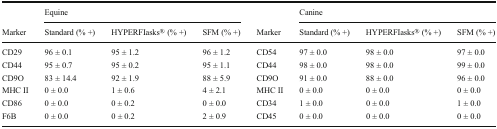
|  | <COLSPAN=3> Equine |  | <COLSPAN=3> Canine |
 | Marker | Standard (% +) | HYPERFIasks® (% +) | SFM (% +) | Marker | Standard (% +) | HYPERFIasks® (% +) | SFM (% +) |
 | --- | --- | --- | --- | --- | --- | --- | --- |
 | CD29 | 96 ± 0.1 | 95 ± 1.2 | 96 ± 1.2 | CD54 | 97 ± 0.0 | 98 ± 0.0 | 97 ± 0.0 |
 | CD44 | 95 ± 0.7 | 95 ± 0.2 | 95 ± 1.1 | CD44 | 98 ± 0.0 | 98 ± 0.0 | 99 ± 0.0 |
 | CD9O | 83 ± 14.4 | 92 ± 1.9 | 88 ± 5.9 | CD9O | 91 ± 0.0 | 88 ± 0.0 | 96 ± 0.0 |
 | MHC II | 0 ± 0.0 | 1 ± 0.6 | 4 ± 2.1 | MHC II | 0 ± 0.0 | 0 ± 0.0 | 0 ± 0.0 |
 | CD86 | 0 ± 0.0 | 0 ± 0.2 | 0 ± 0.0 | CD34 | 1 ± 0.0 | 0 ± 0.0 | 1 ± 0.0 |
 | F6B | 0 ± 0.0 | 0 ± 0.2 | 2 ± 0.9 | CD45 | 0 ± 0.0 | 0 ± 0.0 | 0 ± 0.0 |